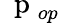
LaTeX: \mathrm{~\mathbf~p~}_{op}